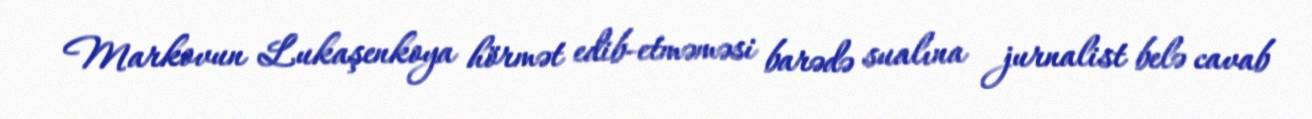
Markovun Lukaşenkoya hörmət edib-etməməsi barədə sualına jurnalist belə cavab